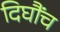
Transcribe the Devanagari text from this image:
दिघौंच